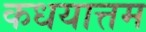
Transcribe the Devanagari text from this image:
कधयात्तम